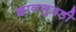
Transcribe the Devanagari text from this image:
ज्ञानगुदड़ी